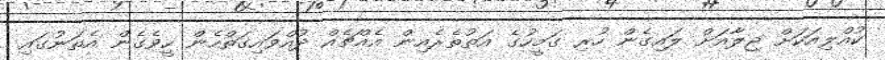
ކުއްލިއަކަށް ޖިލާއަށް ލައިގެން ހުރި ގަމީހުގެ އަތުތެރެއިން އެއްޗެއް ދުއްވައިގަތްހެން ހީވެގެން އެތަނުގައި